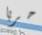
حربا